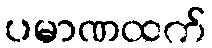
ပမာဏထက်